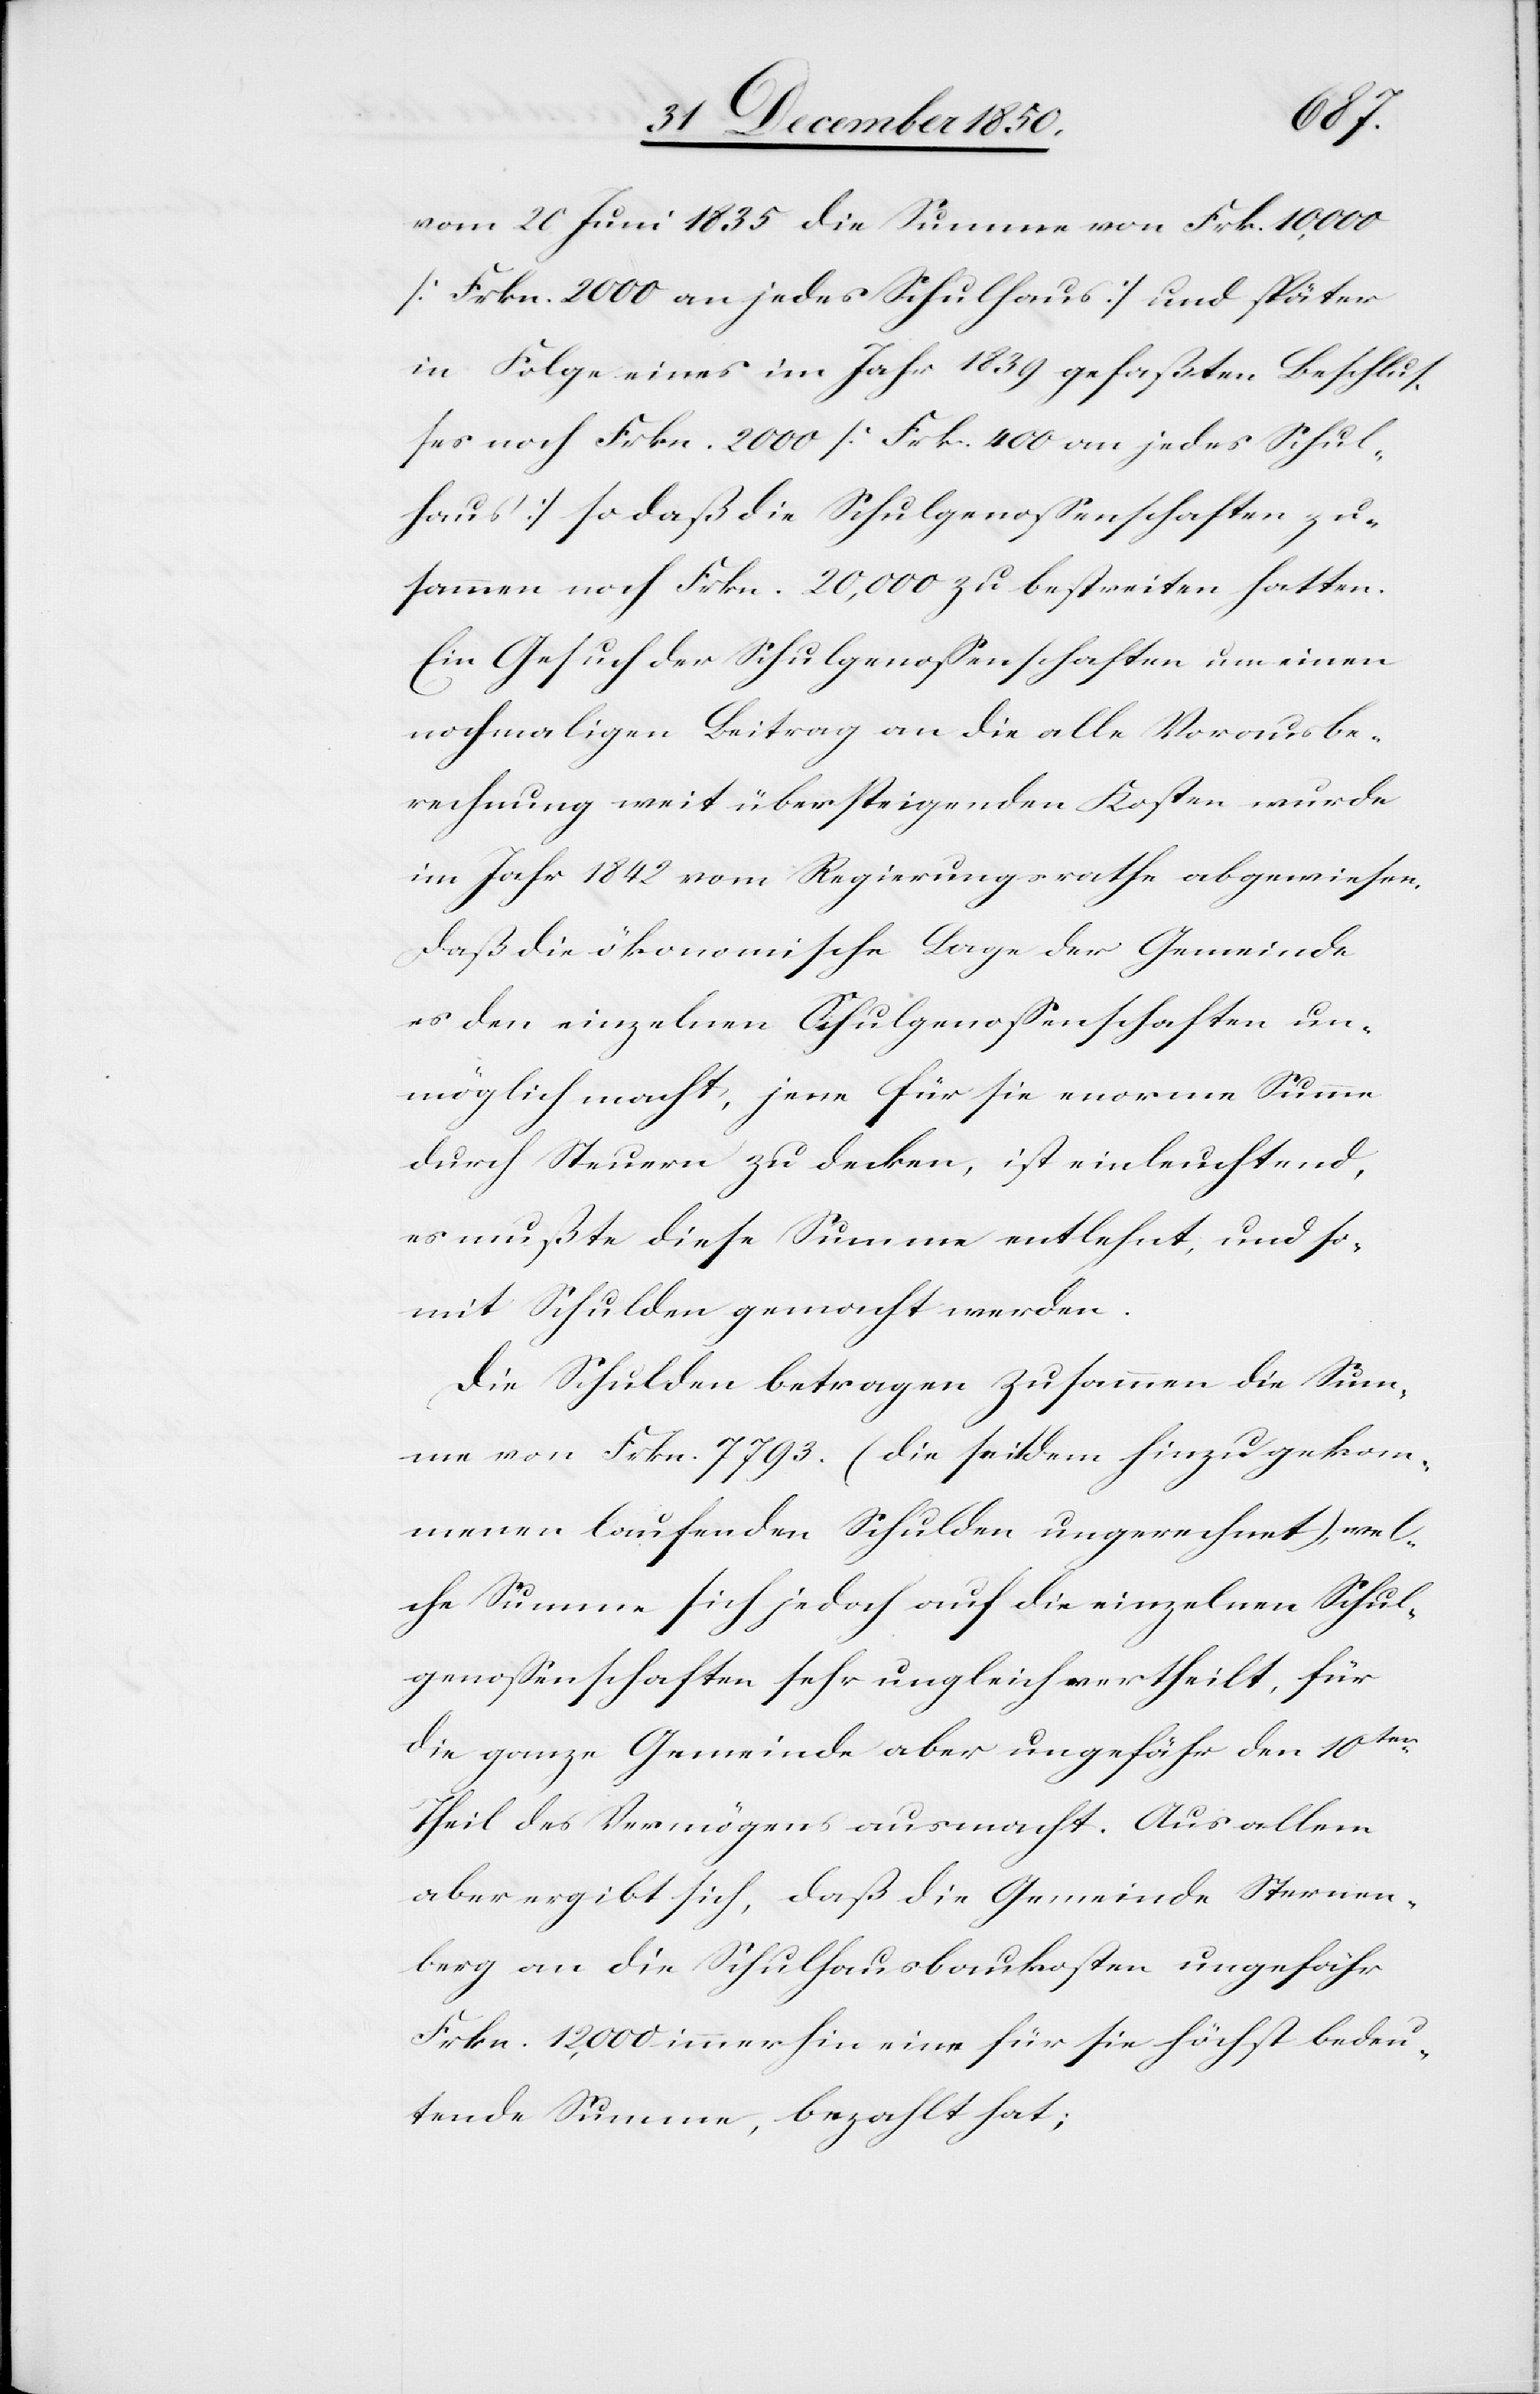
vom 20 Juni 1835 die Summe von Frk. 10,000
[Frkn. 2000 an jedes Schulhaus] und später
in Folge eines im Jahr 1839 gefaßten Beschlus¬
ses noch Frkn. 2000 [Frk. 400 an jedes Schul¬
haus] so daß die Schulgenossenschaften zu¬
sammen noch Frkn. 20,000 zu bestreiten hatten.
Ein Gesuch der Schulgenossenschaften um einen
nochmaligen Beitrag an die alle Vorausbe¬
rechnung weit übersteigenden Kosten wurde
im Jahr 1842 vom Regierungsrathe abgewiesen.
Daß die ökonomische Lage der Gemeinde
es den einzelnen Schulgenossenschaften un¬
möglich macht, jene für sie enorme Summe
durch Steuern zu decken, ist einleuchtend,
es mußte diese Summe entlehnt, und so¬
mit Schulden gemacht werden.
Die Schulden betragen zusammen die Sum¬
me von Frkn. 7793. (die seitdem hinzugekom¬
menen laufenden Schulden ungerechnet), wel¬
che Summe sich jedoch auf die einzelnen Schul¬
genossenschaften sehr ungleich vertheilt, für
die ganze Gemeinde aber ungefähr den 10ten
Theil des Vermögens ausmacht. Aus allem
aber ergibt sich, daß die Gemeinde Sternen¬
berg an die Schulhausbaukosten ungefähr
Frkn. 12,000 immerhin eine für sie höchst bedeu¬
tende Summe, bezahlt hat;